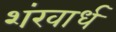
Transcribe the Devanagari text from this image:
शंखार्ध